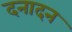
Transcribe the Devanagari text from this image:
दनादन